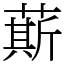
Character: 䔮